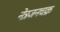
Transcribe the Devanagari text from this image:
नेत्रजनचक्र